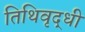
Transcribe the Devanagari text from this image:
तिथिवृद्धी